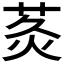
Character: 𮏅